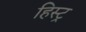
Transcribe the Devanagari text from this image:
हिस्ट्र